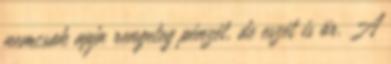
nemcsak apja rengeteg pénzét, de eszét is ör. A